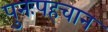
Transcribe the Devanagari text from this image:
पुनःपहचान